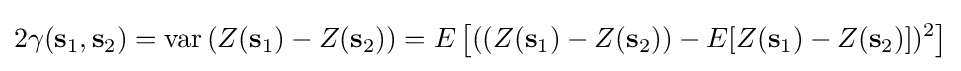
2\gamma (\mathbf {s} _{1},\mathbf {s} _{2})={\text{var}}\left(Z(\mathbf {s} _{1})-Z(\mathbf {s} _{2})\right)=E\left[((Z(\mathbf {s} _{1})-Z(\mathbf {s} _{2}))-E[Z(\mathbf {s} _{1})-Z(\mathbf {s} _{2})])^{2}\right]